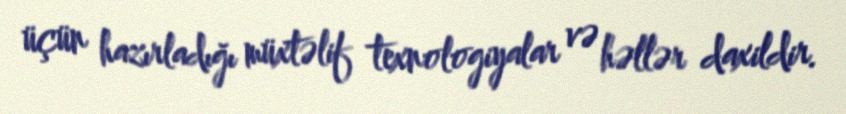
üçün hazırladığı müxtəlif texnologiyalar və həllər daxildir.